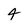
Character: 4